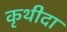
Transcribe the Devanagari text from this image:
कृथीदा